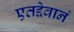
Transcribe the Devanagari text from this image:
एतद्देवानं